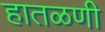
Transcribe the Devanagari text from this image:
हातळणी